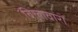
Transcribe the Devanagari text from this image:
बिलावारों